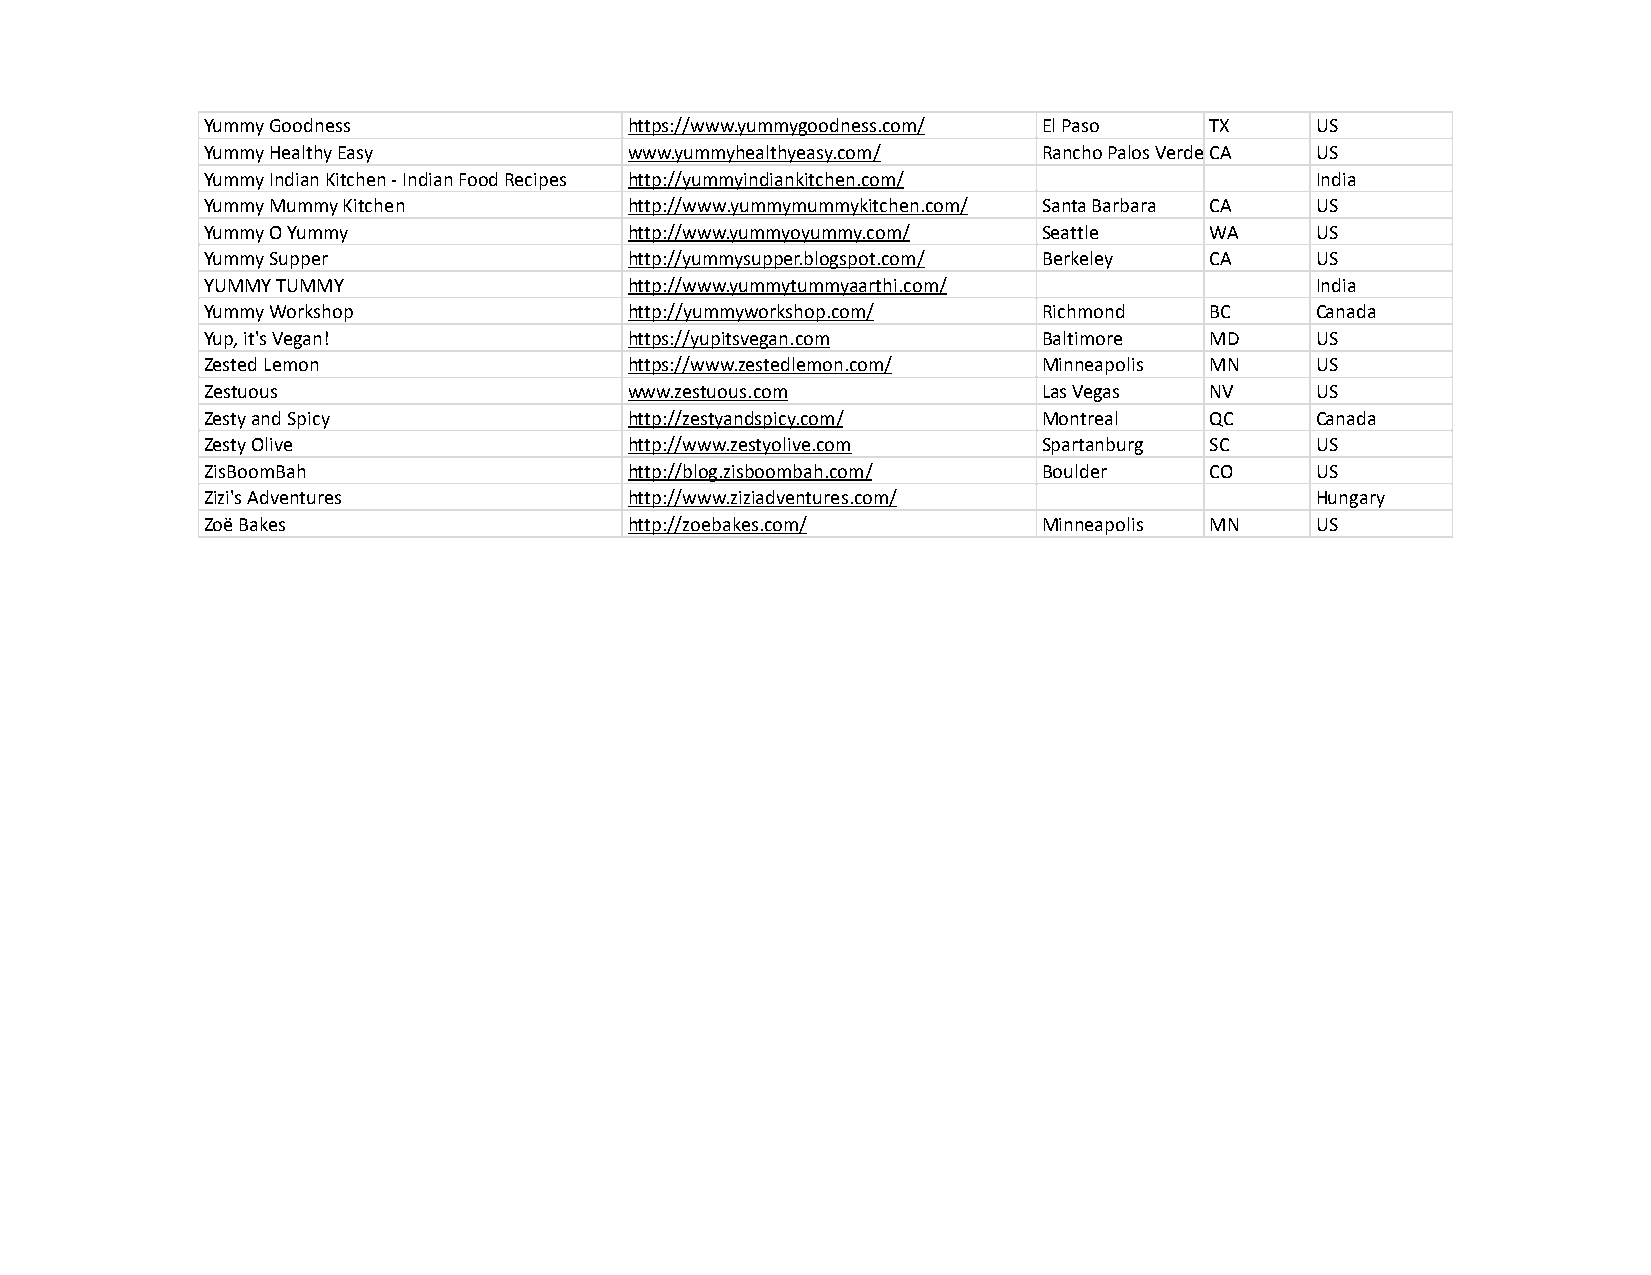
Yummy Goodness              https://www.yummygoodness.com/ El Paso TX    US
 Yummy Healthy Easy          www.yummyhealthyeasy.com/  Rancho Palos VerdesCA US
 Yummy Indian Kitchen - Indian Food Recipes http://yummyindiankitchen.com/ India
 Yummy Mummy Kitchen         http://www.yummymummykitchen.com/ Santa Barbara CA US
 Yummy O Yummy               http://www.yummyoyummy.com/ Seattle   WA     US
 Yummy Supper                http://yummysupper.blogspot.com/ Berkeley CA US
 YUMMY TUMMY                 http://www.yummytummyaarthi.com/             India
 Yummy Workshop              http://yummyworkshop.com/  Richmond   BC     Canada
 Yup, it's Vegan!            https://yupitsvegan.com    Baltimore  MD     US
 Zested Lemon                https://www.zestedlemon.com/ Minneapolis MN  US
 Zestuous                    www.zestuous.com           Las Vegas  NV     US
 Zesty and Spicy             http://zestyandspicy.com/  Montreal   QC     Canada
 Zesty Olive                 http://www.zestyolive.com  Spartanburg SC    US
 ZisBoomBah                  http://blog.zisboombah.com/ Boulder   CO     US
 Zizi's Adventures           http://www.ziziadventures.com/               Hungary
 Zoë Bakes                   http://zoebakes.com/       Minneapolis MN    US